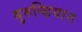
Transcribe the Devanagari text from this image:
बुरुन्डियान